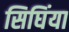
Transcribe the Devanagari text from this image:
सिघिंया